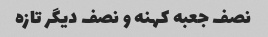
نصف جعبه کهنه و نصف دیگر تازه